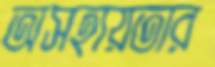
অসহায়তার